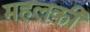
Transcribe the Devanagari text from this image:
महलकी